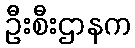
ဦးစီးဌာနက